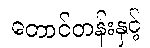
တောင်တန်းနှင့်